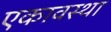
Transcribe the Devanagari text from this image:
एकावस्था